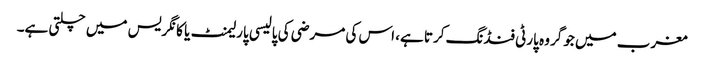
مغرب میں جو گروہ پارٹی فنڈنگ کرتا ہے، اس کی مرضی کی پالیسی پارلیمنٹ یا کانگریس میں چلتی ہے۔